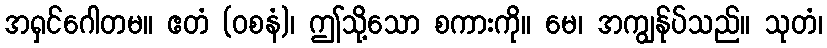
အရှင်ဂေါတမ။ ဧတံ (ဝစနံ)၊ ဤသို့သော စကားကို။ မေ၊ အကျွန်ုပ်သည်။ သုတံ၊